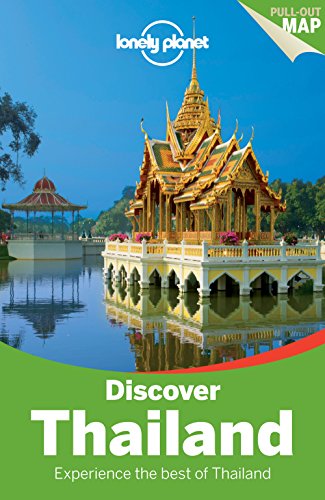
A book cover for Lonely Planet Discover Thailand (Travel Guide); Lonely Planet; Travel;